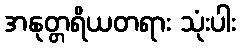
အနုတ္တရိယတရား သုံးပါး